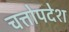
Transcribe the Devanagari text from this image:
चत्तोपदेश